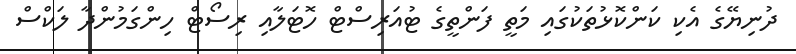
ދުނިޔޭގެ އެކި ކަންކޮޅުތަކުގައި މަތީ ފަންތީގެ ޓުއަރިސްޓް ހޮޓަލާއި ރިސޯޓް ހިންގަމުންދާ ލަކްސް